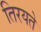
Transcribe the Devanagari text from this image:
तिरयते